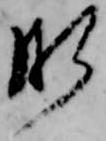
肝